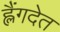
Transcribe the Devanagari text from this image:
ह्लैंगदेत